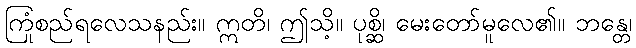
ကြံစည်ရလေသနည်း။ ဣတိ၊ ဤသို့။ ပုစ္ဆိ၊ မေးတော်မူလေ၏။ ဘန္တေ၊